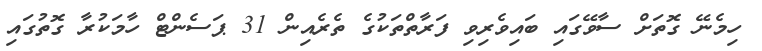
ހިމެނޭ ގޮތަށް ސާވޭގައި ބައިވެރިވި ފަރާތްތަކުގެ ތެރެއިން 31 ޕަސެންޓް ހާމަކުރާ ގޮތުގައި